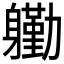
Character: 𮜺